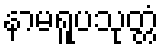
နာမရူပသုတ္တံ